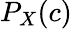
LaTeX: P_{X}(c)